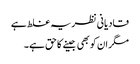
قادیانی نظریہ غلط ہے
مگر ان کو بھی جینے کا حق ہے ۔